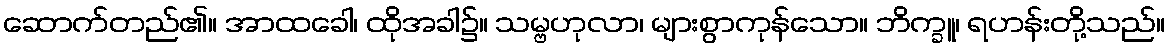
ဆောက်တည်၏။ အာထခေါ၊ ထိုအခါ၌။ သမ္ဗဟုလာ၊ များစွာကုန်သော။ ဘိက္ခူ၊ ရဟန်းတို့သည်။